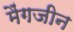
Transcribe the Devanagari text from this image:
मैंगजीन